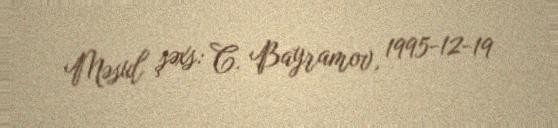
Məsul şəxs: C. Bayramov, 1995-12-19